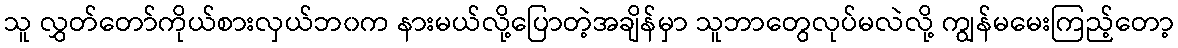
သူ လွှတ်တော်ကိုယ်စားလှယ်ဘ၀က နားမယ်လို့ပြောတဲ့အချိန်မှာ သူဘာတွေလုပ်မလဲလို့ ကျွန်မမေးကြည့်တော့